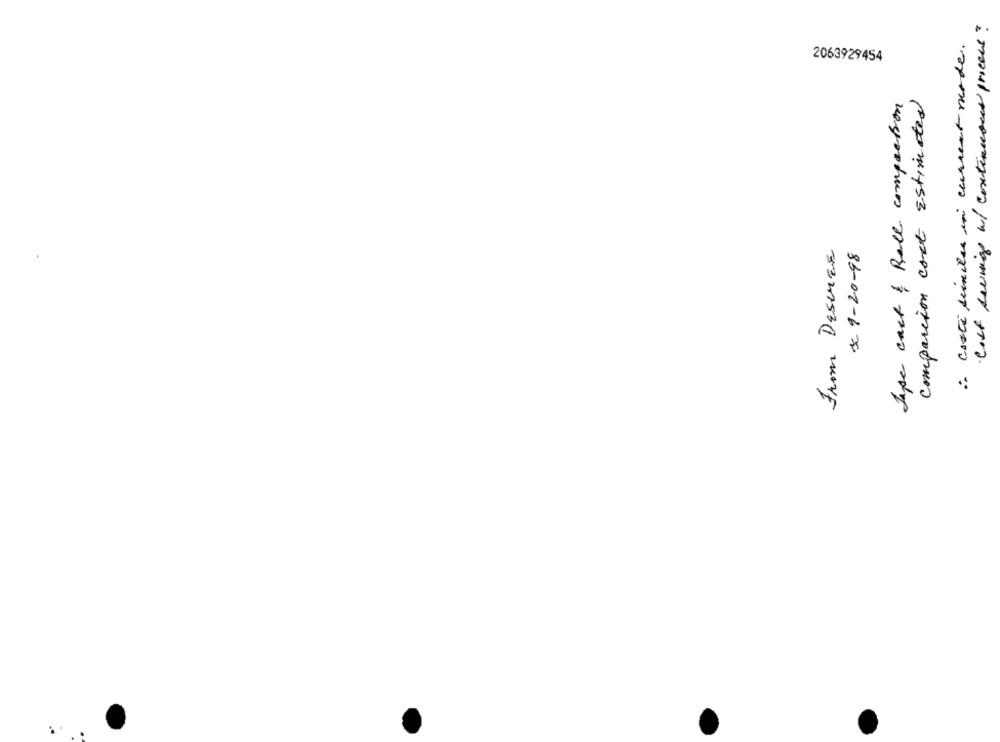
-Cost savings of continuous process?
i costi similes in current mode.
2063929454
Jape cast & Rall compaction
compassion cost Estimated
From DESCER
# 1-20-98